Vaccination United Provinces of Agra and Oudh 1923-1928 - 1923-1928
Year: 1923
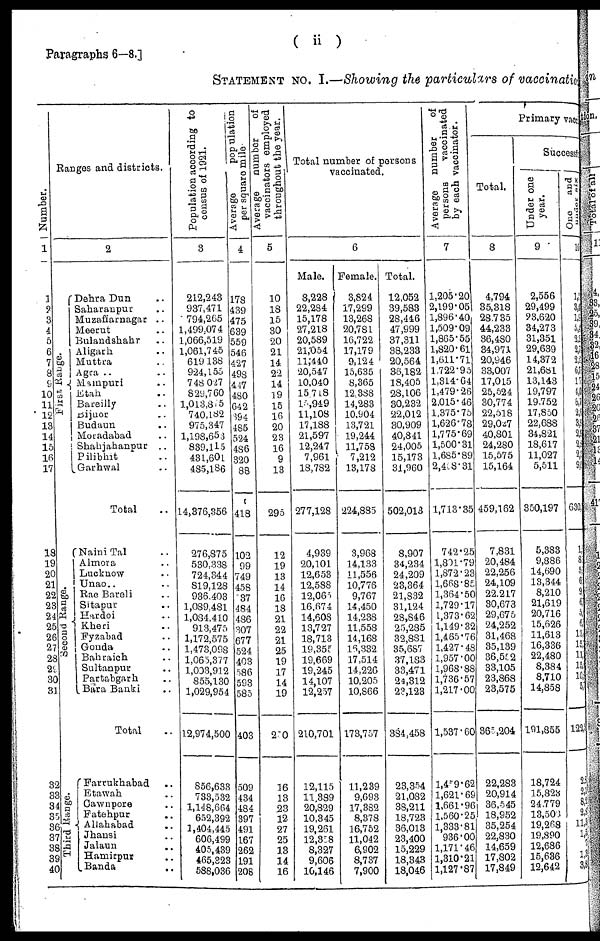
Paragraphs 6—8.]
( ii )
STATEMENT NO. I.—Showing the particulars of vaccinatio
Number.
1
1
2
3
4
5
6
7
8
9
10
11
12
13
14
15
16
17
18
19
20
21
22
23
24
25
26
27
28
29
30
31
32
33
34
35
36
37
38
39
40
Ranges and districts.
2
First
Range.
Se c ond Range.
Third Range.
Dehra Dun ..
Saharanpur ..
Muzaffarnagar ..
Meerut ..
Bulandshahr ..
Aligarh ..
Muttra ..
Agra ..
Mainpuri ..
Etah ..
Bareilly ..
Bijnor ..
Budaun ..
Moradabad ..
Shahjahanpur
..
Pilibhit ..
Garhwal ..
Total ..
Naini Tal ..
Almora ..
Lucknow ..
Unao .. ..
Rae Bareli ..
Sitapur ..
Hardoi ..
Kheri ..
Fyzabad ..
Gonda ..
Bahraich ..
Sultanpur ..
Partabgarh ..
Bara Banki ..
Total ..
Farrukhabad ..
Etawah ..
Cawnpore ..
Fatehpur ..
Allahabad ..
Jhansi ..
Jalaun ..
Hamirpur ..
Banda ..
Population according to
census of 1921.
3
212,243
937,471
794,265
1,499,074
1,066,519
1,061,745
619,138
924,155
748,027
829,760
1,013,815
740,182
975,347
1,198,653
839,115
431,601
485,186
14,376,356
276,875
530,338
724,344
819,128
936,403
1,089,481
1,084,410
913,475
1,172,575
1,473,098
1,065,377
1,003,912
855,130
1,029,954
12,974,500
856,633
733,532
1,148,664
652,392
1,404,445
606,499
405,439
465,323
588,036
Average
population
per square mile.
4
178
439
475
639
559
546
427
498
447
480
642
394
485
524
486
320
88
418
102
99
749
458
37
484
486
307
677
524
403
586
593
585
403
509
434
484
397
491
167
262
191
208
Average number of
vaccinators employed
throughout the year.
5
10
18
15
30
20
21
14
22
14
19
15
16
20
23
16
9
13
295
12
19
13
14
16
18
21
22
21
25
19
17
14
19
270
16
13
23
12
27
25
13
14
16
Total number of persons
vaccinated.
6
Male.
8,228
22,284
15,178
27,218
20,589
21,054
11,440
20,547
10,040
15,718
15,949
11,108
17,188
21,597
12,247
7,961
18,782
277,128
4,939
20,101
12,653
12,588
12,065
16,674
14,608
13,727
18,713
19,355
19,669
19,245
14,107
12,257
210,701
12,115
11,389
20,829
10,345
19,261
12,358
8,327
9,606
16,146
Female.
3,824
17,299
13,268
20,781
16,722
17,179
9,124
15,635
8,365
12,388
14,283
10,904
13,721
19,244
11,758
7,212
13,178
224,885
3,968
14,133
11,556
10,776
9,767
14,450
14,238
11,558
14,168
16,332
17,514
14,226
10,205
10,866
173,757
11,239
9,693
17,382
8,378
16,752
11,042
6,902
8,737
7,900
Total.
12,052
39,583
28,446
47,999
37,311
38,233
20,564
36,182
18,405
28,106
30,232
22,012
30,909
40,841
24,005
15,173
31,960
502,013
8,907
34,234
24,209
23,364
21,832
31,124
28,846
25,285
32,881
35,687
37,183
33,471
24,312
23,123
384,458
23,354
21,082
38,211
18,723
36,013
23,400
15,229
18,343
18,046
Average
number
of
persons
vaccinated
by each vaccinator.
7
1,205.20
2,199.05
1,896.40
1,509.09
1,865.55
1,820.61
1,611.71
1,722.95
1,814.64
1,479.26
2,015.46
1,375.75
1,626.78
1,775.69
1,500.31
1,685.89
2,458.31
1,713.35
742.25
1,801.79
1,872.28
1,668.85
1,364.50
1,729.17
1,373.62
1,149.32
1,465.76
1,427.48
1,957.00
1,968.88
1,736.57
1,217.00
1,537.60
l,459.62
1,621.69
1,661.96
1,560.25
1,333.81
936.00
1,171.46
1,310.21
1,127.87
Primary vacc
Total.
8
4,794
35,318
28,735
44,233
36,480
34,971
20,946
33,007
17,015
25,524
30,774
22,518
29,027
40,801
24,280
15,575
15,164
459,162
7,831
20,484
22,256
24,109
22,217
30,673
29,675
24,252
31,468
35,139
36,552
33,105
23,868
23,575
365,204
22,283
20,914
36,545
18,952
35,254
22,830
14,659
17,802
17,849
Successful
Under one
year.
9
2,556
29,499
23,620
34,273
31,351
29,639
14,372
21,681
13,143
19,797
19,752
17,850
22,688
34,821
18,617
11,027
5,511
350,197
5,383
9,886
14,690
13,344
8,210
21,619
20,716
15,626
11,613
16,336
22,480
8,384
8,710
14,858
191,855
18,724
15,823
24,779
13,503
19,268
19,890
12,686
15,636
12,642
One
and
under six
10
1,5
3,4
1, 9
5,
2, 2
2,7
2,2
6,7
1, 7
4,0
6,7
2,5
3,5
2,9
2,8
2, 5
9,0
630
1
8
5
6
9
6
5
6
13
15
11
15
10
5
122,5
2,8
2
8
2,8
11,3
1,5
7
1,3
3,8